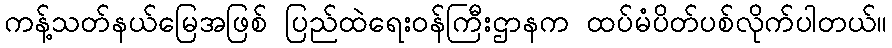
ကန့်သတ်နယ်မြေအဖြစ် ပြည်ထဲရေးဝန်ကြီးဌာနက ထပ်မံပိတ်ပစ်လိုက်ပါတယ်။